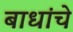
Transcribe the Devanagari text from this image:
बाधांचे